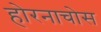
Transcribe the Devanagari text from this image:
होरनाचोस